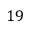
1 9